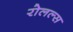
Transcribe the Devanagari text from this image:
रोलल्स